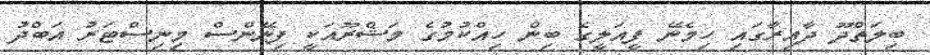
ބިލަތްދޫ ދާއިރާގައި ހިމެނޭ ފީއަލީގެ ބިން ހިއްކުމުގެ މަޝްރޫއަކީ ފިނޭންސް މިނިސްޓަރު އަބްދު